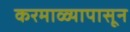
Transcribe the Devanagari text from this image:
करमाळ्यापासून